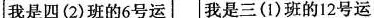
我是四 (2) 班的6号运 我是三(1)班的12号运